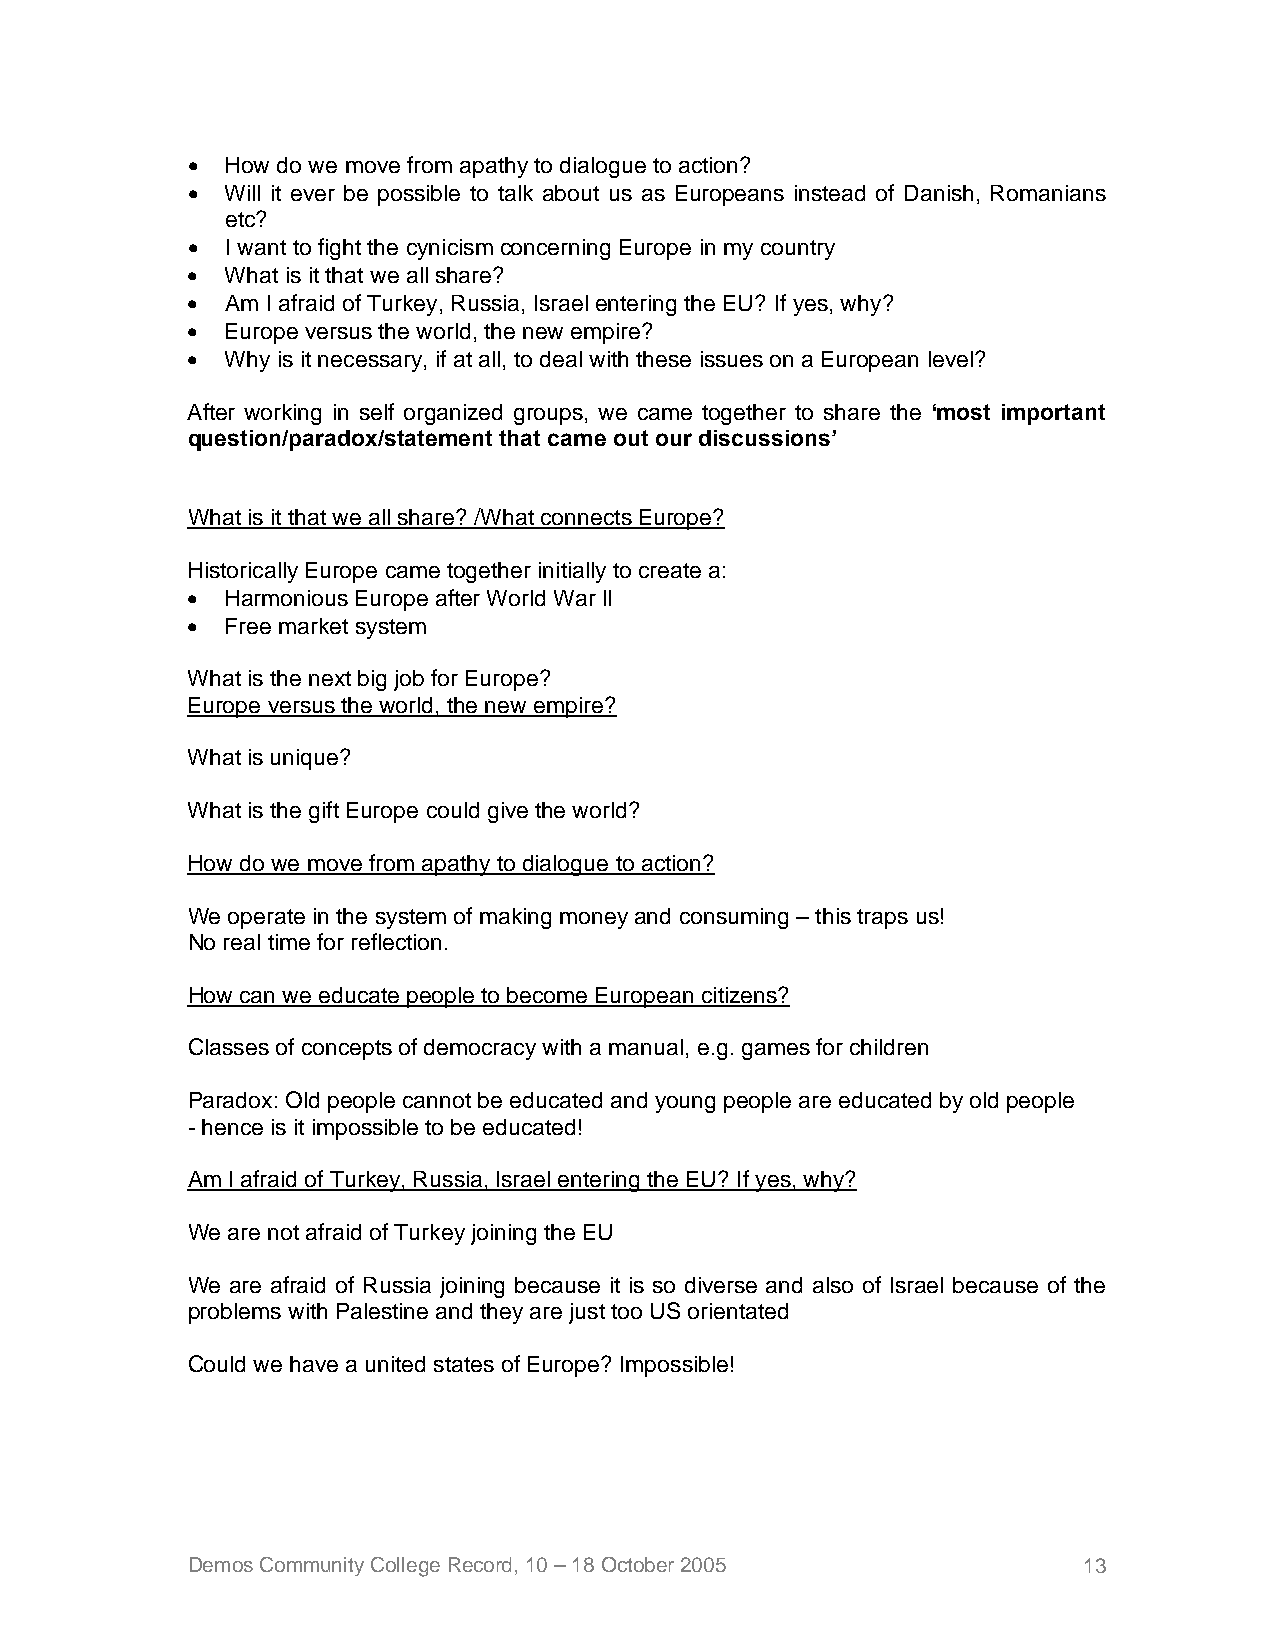
•  How do we move from apathy to dialogue to action?
 •  Will it ever be possible to talk about us as Europeans instead of Danish, Romanians
 etc?
 •  I want to fight the cynicism concerning Europe in my country
 •  What is it that we all share?
 •  Am I afraid of Turkey, Russia, Israel entering the EU? If yes, why?
 •  Europe versus the world, the new empire?
 •  Why is it necessary, if at all, to deal with these issues on a European level?
 After working in self organized groups, we came together to share the ‘most important
 question/paradox/statement that came out our discussions’
 What is it that we all share? /What connects Europe?
 Historically Europe came together initially to create a:
 •  Harmonious Europe after World War ll
 •  Free market system
 What is the next big job for Europe?
 Europe versus the world, the new empire?
 What is unique?
 What is the gift Europe could give the world?
 How do we move from apathy to dialogue to action?
 We operate in the system of making money and consuming – this traps us!
 No real time for reflection.
 How can we educate people to become European citizens?
 Classes of concepts of democracy with a manual, e.g. games for children
 Paradox: Old people cannot be educated and young people are educated by old people
 - hence is it impossible to be educated!
 Am I afraid of Turkey, Russia, Israel entering the EU? If yes, why?
 We are not afraid of Turkey joining the EU
 We are afraid of Russia joining because it is so diverse and also of Israel because of the
 problems with Palestine and they are just too US orientated
 Could we have a united states of Europe? Impossible!
 Demos Community College Record, 10 – 18 October 2005        13